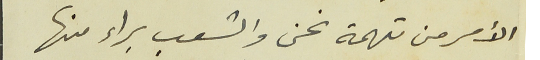
الأمر من تهمة نحن والشعب براء منها